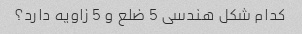
کدام شکل هندسی 5 ضلع و 5 زاویه دارد؟